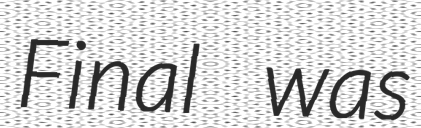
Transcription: Final was